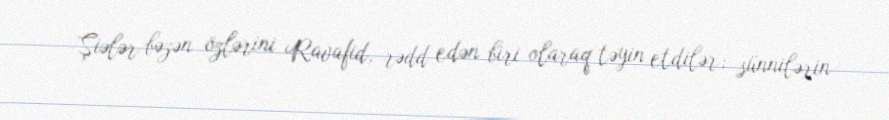
Şiələr bəzən özlərini Ravafid, rədd edən biri olaraq təyin etdilər; sünnilərin